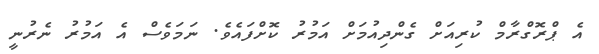
އެ ޕްރޮގްރާމް ކުރިއަށް ގެންދިއުމަށް އަމުރު ކޮށްފައެވެ. ނަމަވެސް އެ އަމުރު ނެރުނީ